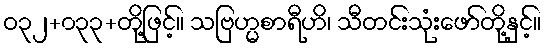
ဝ၃၂+၀၃၃+တို့ဖြင့်။ သဗြဟ္မစာရီဟိ၊ သီတင်းသုံးဖော်တို့နှင့်။